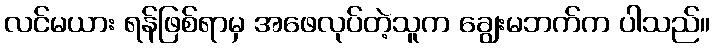
လင်မယား ရန်ဖြစ်ရာမှ အဖေလုပ်တဲ့သူက ချွေးမဘက်က ပါသည်။